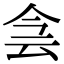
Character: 侌